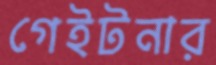
গেইটনার